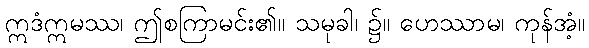
ဣဒံဣမဿ၊ ဤစကြာမင်း၏။ သမုခါ၊ ၌။ ဟေဿာမ၊ ကုန်အံ့။